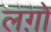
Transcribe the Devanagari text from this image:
लग़ो